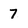
Character: 7